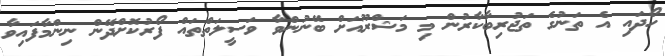
ހޯދައި އެ ތަނުގެ ތަޖުރިބާކާރުން މި މަޝްރޫއަށް ބޭނުންވާ ވަސީލަތްތައް ފޯރުކޮށްދޭން ނިންމާފައިވާ